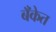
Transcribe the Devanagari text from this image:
बॅँकेत